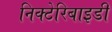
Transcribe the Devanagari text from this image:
निक्टेरिबाइडी